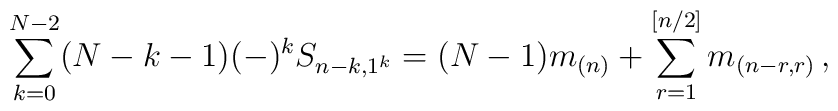
\sum_{k=0}^{N-2}(N-k-1)(-)^kS_{n-k,1^k}=(N-1)m_{(n)}+\sum_{r=1}^{[n/2]}m_{(n-r,r)}\,,\nonumber